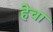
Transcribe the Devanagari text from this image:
हेचा